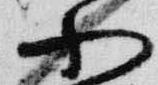
小